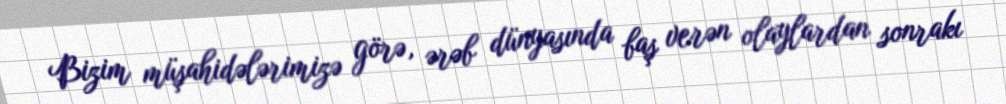
Bizim müşahidələrimizə görə, ərəb dünyasında baş verən olaylardan sonrakı